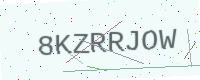
Text: 8KZRRJOW